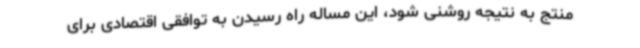
منتج به نتیجه روشنی شود، این مساله راه رسیدن به توافقی اقتصادی برای